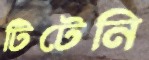
টিটেনি